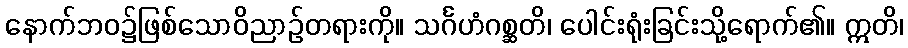
နောက်ဘဝ၌ဖြစ်သောဝိညာဉ်တရားကို။ သင်္ဂဟံဂစ္ဆတိ၊ ပေါင်းရုံးခြင်းသို့ရောက်၏။ ဣတိ၊